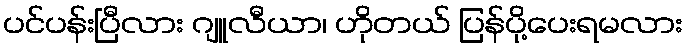
ပင်ပန်းပြီလား ဂျူလီယာ၊ ဟိုတယ် ပြန်ပို့ပေးရမလား